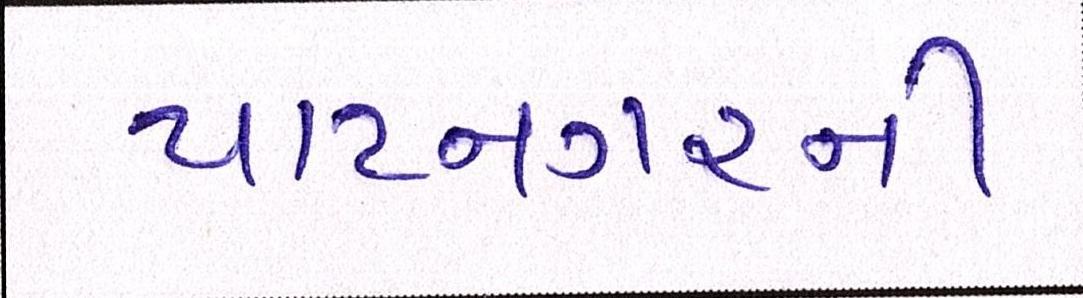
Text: પાટનગરની